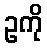
ဥကို